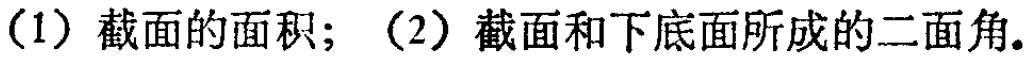
（1）截面的面积；（2）截面和下底面所成的二面角.